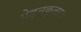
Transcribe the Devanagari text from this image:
पेडुनकुलाटा